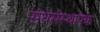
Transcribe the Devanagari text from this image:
संघसंस्थापक